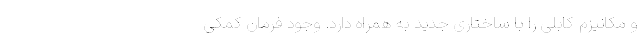
و مکانیزم کابلی را با ساختاری جدید به همراه دارد. وجود فرمان کمکی